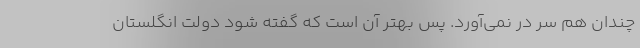
چندان هم سر در نمی‌آورد. پس بهتر آن است که گفته شود دولت انگلستان